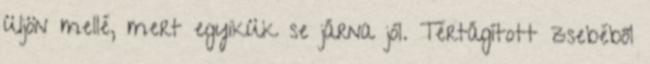
üljön mellé, mert egyikük se járna jól. Tértágított zsebéből